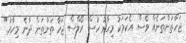
ޖަހާތަންތަނެއް ވެސް. އެކަމަކު މިހާރު ހުސް ރޯލްސް ޖަހާ ތަންތަން ދާނެ މިހާރު."